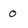
Character: 0